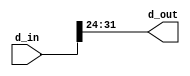
`timescale 1ns / 1ps
//////////////////////////////////////////////////////////////////////////////////
// Company: 
// Engineer: 
// 
// Design Name: 
// Module Name: chip_select_splitter
// Project Name: 
// Target Devices: 
// Tool Versions: 
// Description: 
// 
// Dependencies: 
// 
// Revision:
// Revision 0.01 - File Created
// Additional Comments:
// 
//////////////////////////////////////////////////////////////////////////////////

module splitter1(
    d_in, d_out
    );
    input [0:31] d_in;
    output [0:7] d_out;
    
    assign d_out = d_in[0:7];
endmodule